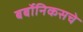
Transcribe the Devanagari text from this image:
बर्बोनिकसचे